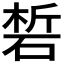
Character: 𥓊